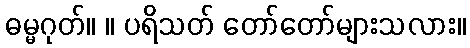
ဓမ္မဂုတ်။ ။ ပရိသတ် တော်တော်များသလား။